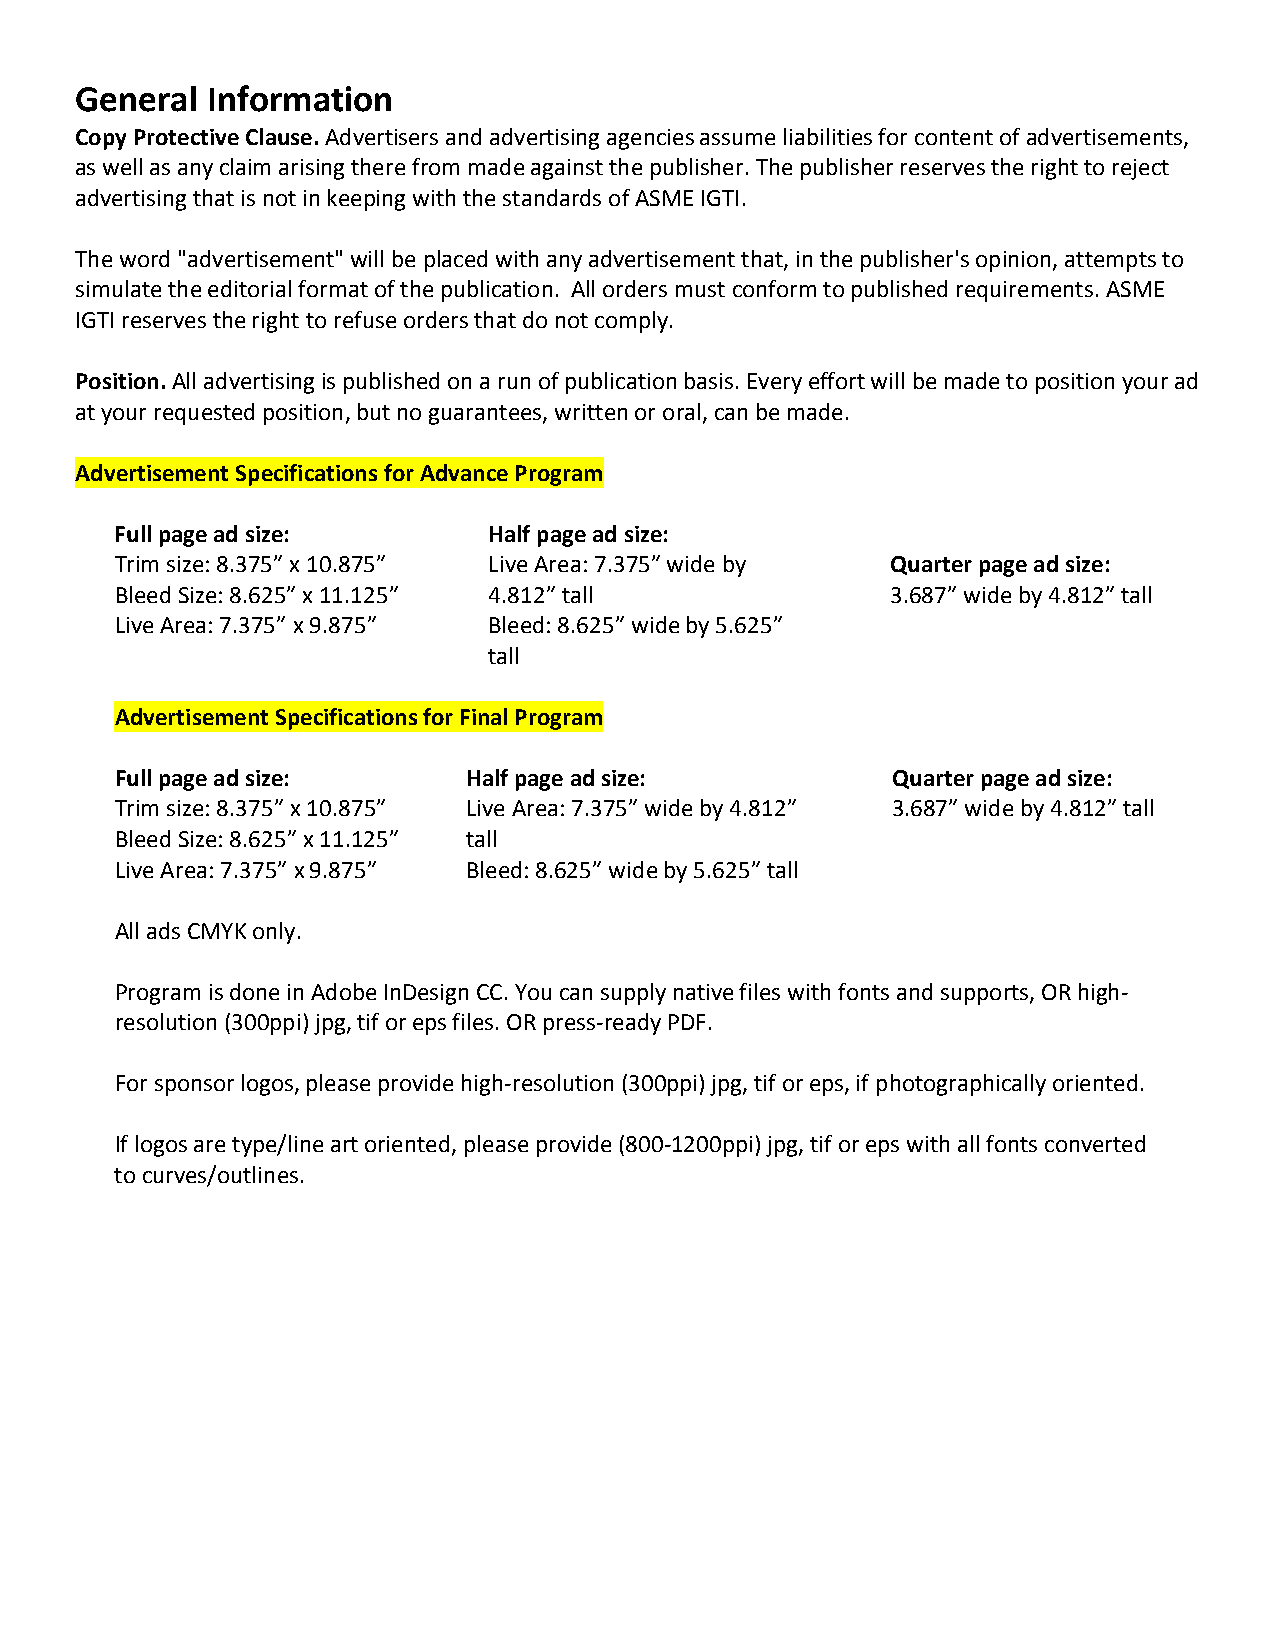
General  Information
 Copy Protective Clause. Advertisers and advertising agencies assume liabilities for content of advertisements,
 as well as any claim arising there from made against the publisher. The publisher reserves the right to reject
 advertising that is not in keeping with the standards of ASME IGTI.
 The word "advertisement" will be placed with any advertisement that, in the publisher's opinion, attempts to
 simulate the editorial format of the publication. All orders must conform to published requirements. ASME
 IGTI reserves the right to refuse orders that do not comply.
 Position. All advertising is published on a run of publication basis. Every effort will be made to position your ad
 at your requested position, but no guarantees, written or oral, can be made.
 Advertisement Specifications for Advance Program
 Full page ad size:      Half page ad size:
 Trim size: 8.375” x 10.875” Live Area: 7.375” wide by Quarter page ad size:
 Bleed Size: 8.625” x 11.125” 4.812” tall           3.687” wide by 4.812” tall
 Live Area: 7.375” x 9.875” Bleed: 8.625” wide by 5.625”
 tall
 Advertisement Specifications for Final Program
 Full page ad size:     Half page ad size:          Quarter page ad size:
 Trim size: 8.375” x 10.875” Live Area: 7.375” wide by 4.812” 3.687” wide by 4.812” tall
 Bleed Size: 8.625” x 11.125” tall
 Live Area: 7.375” x 9.875” Bleed: 8.625” wide by 5.625” tall
 All ads CMYK only.
 Program is done in Adobe InDesign CC. You can supply native files with fonts and supports, OR high-
 resolution (300ppi) jpg, tif or eps files. OR press-ready PDF.
 For sponsor logos, please provide high-resolution (300ppi) jpg, tif or eps, if photographically oriented.
 If logos are type/line art oriented, please provide (800-1200ppi) jpg, tif or eps with all fonts converted
 to curves/outlines.